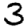
Digit: 3